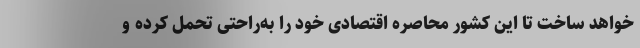
خواهد ساخت تا این کشور محاصره اقتصادی خود را به‌راحتی تحمل کرده و